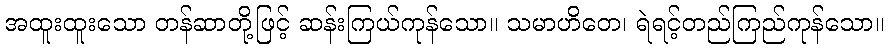
အထူးထူးသော တန်ဆာတို့ဖြင့် ဆန်းကြယ်ကုန်သော။ သမာဟိတေ၊ ရဲရင့်တည်ကြည်ကုန်သော။